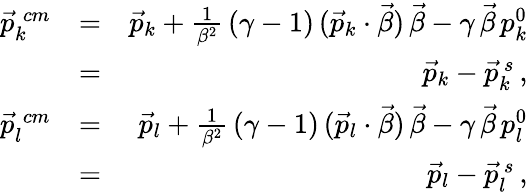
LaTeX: \begin{array}{rlr}{\vec{p}_{k}^{\; cm}}&{=}&{\vec{p}_{k}+\frac{1}{\beta^{2}}\, (\gamma-1)\, (\vec{p}_{k}\cdot\vec{\beta})\, \vec{\beta}-\gamma\, \vec{\beta}\, p_{k}^{0}}\\ &{=}&{\vec{p}_{k}-\vec{p}_{k}^{\, s}\, ,}\\ {\vec{p}_{l}^{\; cm}}&{=}&{\vec{p}_{l}+\frac{1}{\beta^{2}}\, (\gamma-1)\, (\vec{p}_{l}\cdot\vec{\beta})\, \vec{\beta}-\gamma\, \vec{\beta}\, p_{l}^{0}}\\ &{=}&{\vec{p}_{l}-\vec{p}_{l}^{\, s}\, ,}\end{array}